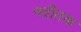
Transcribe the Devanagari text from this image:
नदीतक